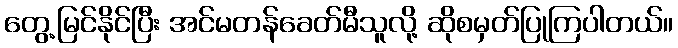
တွေ့မြင်နိုင်ပြီး အင်မတန်ခေတ်မီသူလို့ ဆိုစမှတ်ပြုကြပါတယ်။